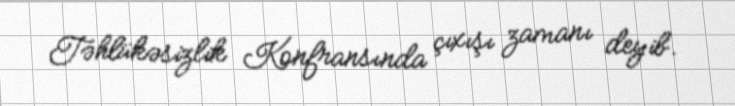
Təhlükəsizlik Konfransında çıxışı zamanı deyib.